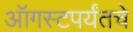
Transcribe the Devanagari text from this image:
ऑगस्टपर्यंतचे